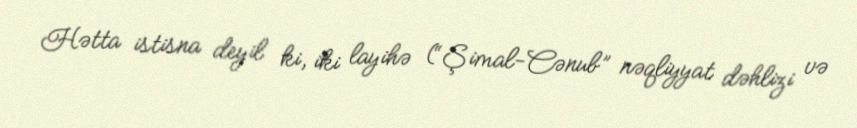
Hətta istisna deyil ki, iki layihə (“Şimal-Cənub” nəqliyyat dəhlizi və